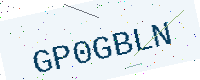
Text: GP0GBLN